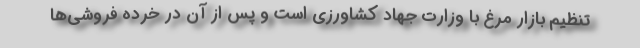
تنظیم بازار مرغ با وزارت جهاد کشاورزی است و پس از آن در خرده فروشی‌ها